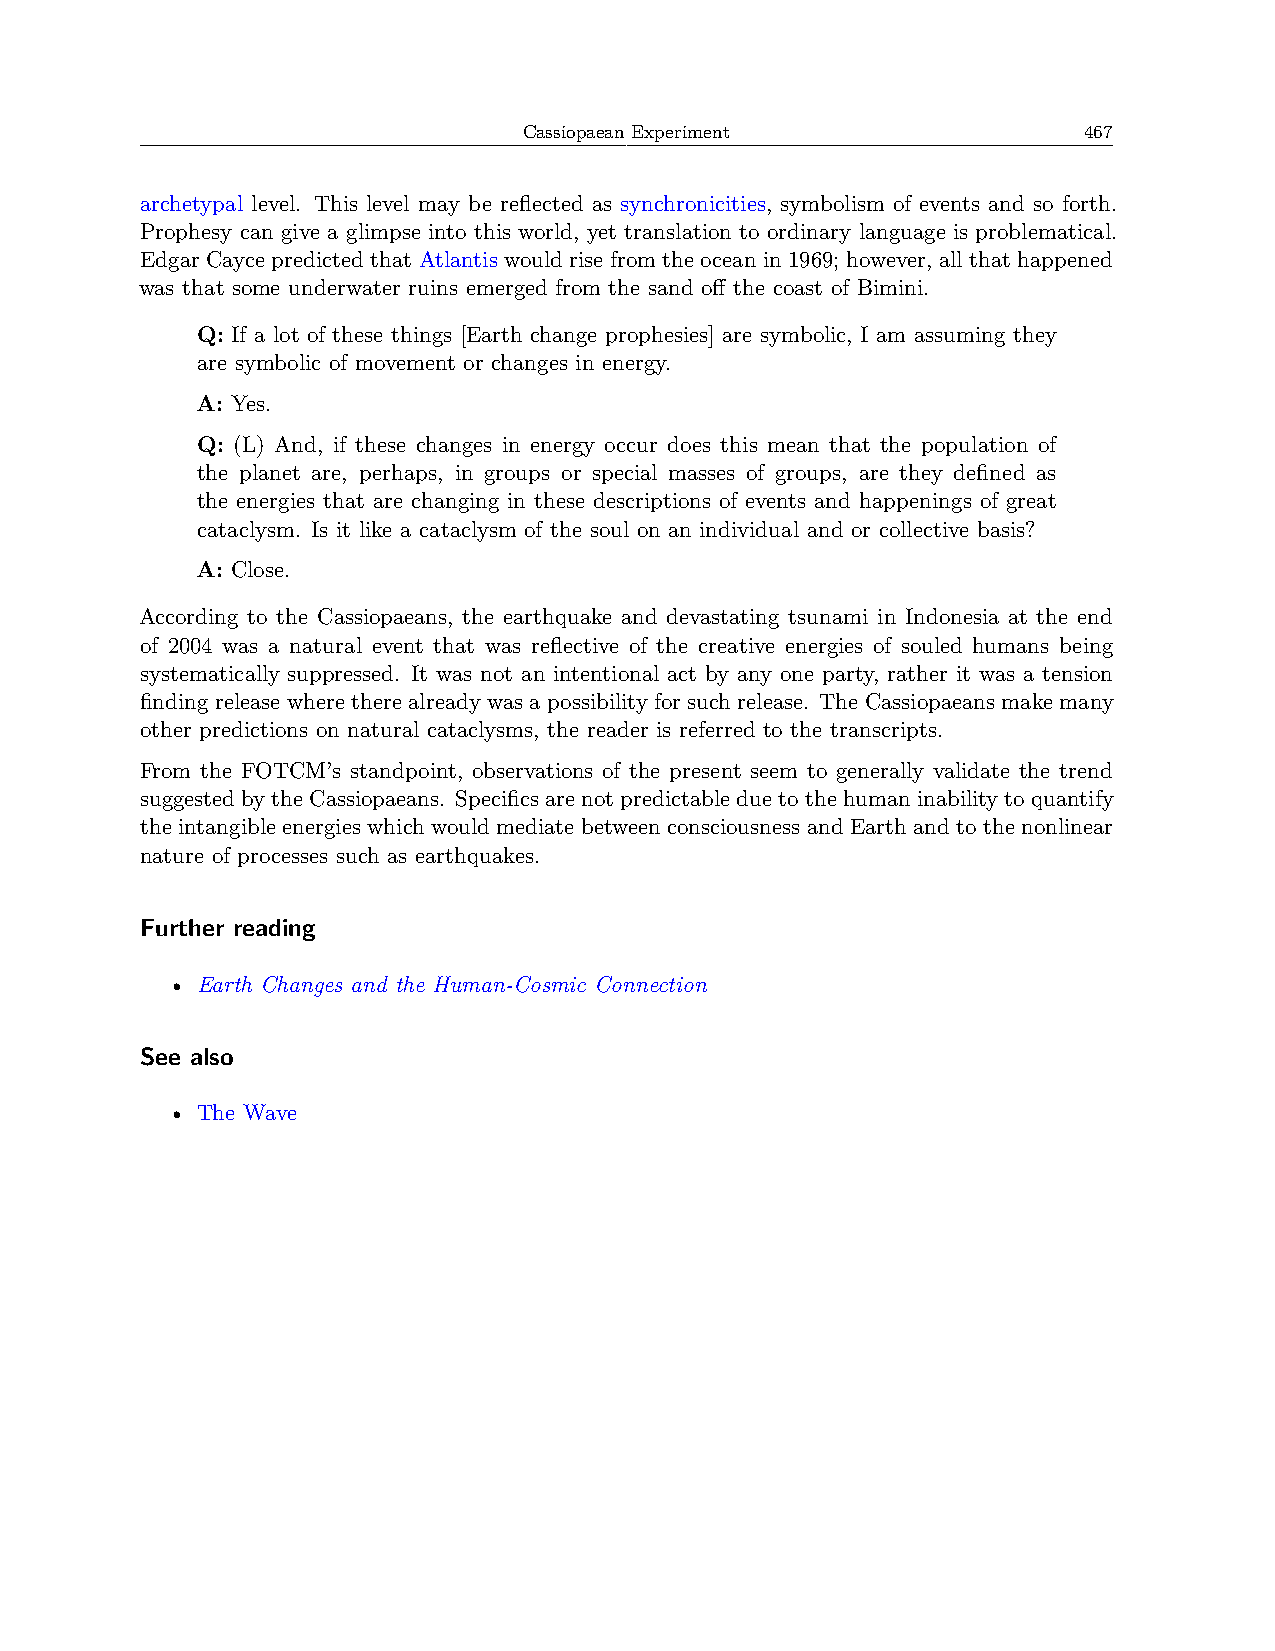
Cassiopaean Experiment               467
 archetypal level. This level may be reflected as synchronicities, symbolism of events and so forth.
 Prophesy can give a glimpse into this world, yet translation to ordinary language is problematical.
 Edgar Cayce predicted that Atlantis would rise from the ocean in 1969; however, all that happened
 was that some underwater ruins emerged from the sand off the coast of Bimini.
 Q: If a lot of these things [Earth change prophesies] are symbolic, I am assuming they
 are symbolic of movement or changes in energy.
 A: Yes.
 Q: (L) And, if these changes in energy occur does this mean that the population of
 the planet are, perhaps, in groups or special masses of groups, are they defined as
 the energies that are changing in these descriptions of events and happenings of great
 cataclysm. Is it like a cataclysm of the soul on an individual and or collective basis?
 A: Close.
 According to the Cassiopaeans, the earthquake and devastating tsunami in Indonesia at the end
 of 2004 was a natural event that was reflective of the creative energies of souled humans being
 systematically suppressed. It was not an intentional act by any one party, rather it was a tension
 finding release where there already was a possibility for such release. The Cassiopaeans make many
 other predictions on natural cataclysms, the reader is referred to the transcripts.
 From the FOTCM’s standpoint, observations of the present seem to generally validate the trend
 suggestedbytheCassiopaeans. Specificsarenotpredictableduetothehumaninabilitytoquantify
 the intangible energies which would mediate between consciousness and Earth and to the nonlinear
 nature of processes such as earthquakes.
 Further reading
 • Earth Changes and the Human-Cosmic Connection
 See also
 • The Wave